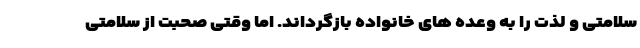
سلامتی و لذت را به وعده های خانواده بازگرداند. اما وقتی صحبت از سلامتی